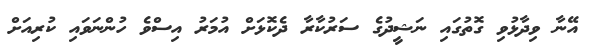
އޭނާ ވިދާޅުވި ގޮތުގައި ނަޝީދުގެ ސަރުކާރާ ދެކޮޅަށް އުމަރު އިސްވެ ހުންނަވައި ކުރިއަށް